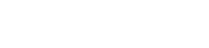
ရေးသားထားကြသည်